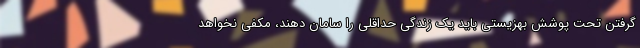
گرفتن تحت پوشش بهزیستی باید یک زندگی حداقلی را سامان دهند، مکفی نخواهد